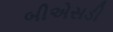
બીએસડી